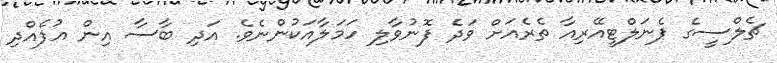
ޗެލްސީގެ ޕެނަލްޓީއޭރިއާ ތެރެއަށް ވަދެ ފޮނުވާލި ހަމަލާއަކުންނެވެ. އަދި ބާސާ އިން އުފެއްދި